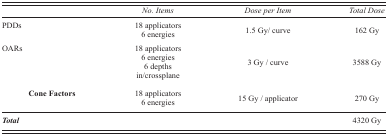
<table><thead><tr><td></td><td><b><i>No. Items</i></b></td><td><b><i>Dose per Item</i></b></td><td><b><i>Total Dose</i></b></td></tr></thead><tbody><tr><td>PDDs</td><td>18 applicators 6 energies</td><td>1.5 Gy/ curve</td><td>162 Gy</td></tr><tr><td>OARs</td><td>18 applicators 6 energies 6 depths in/crossplane</td><td>3 Gy / curve</td><td>3588 Gy</td></tr><tr><td><b>Cone Factors</b></td><td>18 applicators 6 energies</td><td>15 Gy / applicator</td><td>270 Gy</td></tr><tr><td><b><i>Total</i></b></td><td></td><td></td><td>4320 Gy</td></tr></tbody></table>